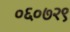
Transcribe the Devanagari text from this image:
०६०७२९